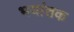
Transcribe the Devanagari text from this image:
भयांतक